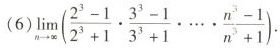
(6)$$\lim _ { n \rightarrow \infty } ( \frac { 2 ^ { 3 } - 1 } { 2 ^ { 3 } + 1 } \cdot \frac{ 3 ^ { 3 } - 1 } { 3 ^ { 3 } + 1 } \cdot … \cdot